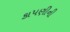
કાપણીની